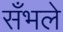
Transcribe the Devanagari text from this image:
सँभले